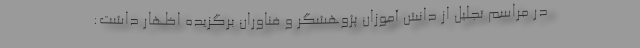
در مراسم تجلیل از دانش آموزان پژوهشگر و فناوران برگزیده اظهار داشت: